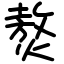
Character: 𤎅